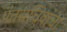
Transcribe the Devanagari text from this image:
पंतसचिवांचा